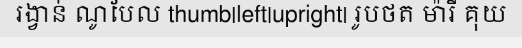
រង្វាន់ ណូបែល thumb|left|upright| រូបថត ម៉ារី គុយ